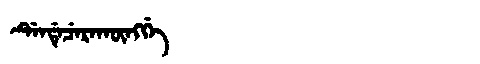
Manchu: ᡩᡝᠨᡩᡝᠴᡝᡵᠠᡴᡡᠩᡤᡝ
Romanization: DENDECERAKŪNGGE